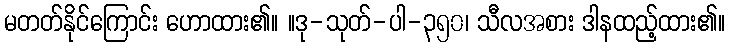
မတတ်နိုင်ကြောင်း ဟောထား၏။ ။ဒု-သုတ်-ပါ-၃၅၀၊ သီလအစား ဒါနထည့်ထား၏။